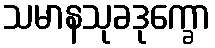
သမာနသုခဒုက္ခော